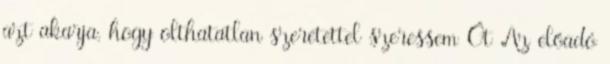
azt akarja, hogy olthatatlan szeretettel szeressem Őt Az előadó